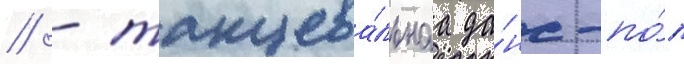
// - танцева́льнаа да́нс-по́п